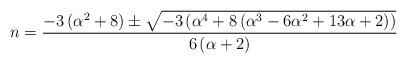
LaTeX: \begin{align*}n=\frac{-3\left(\alpha^{2}+8\right)\pm\sqrt{-3\left(\alpha^{4}+8\left(\alpha^{3}-6\alpha^{2}+13\alpha+2\right)\right)}}{6\left(\alpha+2\right)}\end{align*}